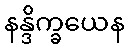
နန္ဒိက္ခယေန